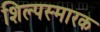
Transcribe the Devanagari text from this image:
शिल्पस्मारक